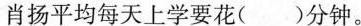
肖扬平均每天上学要花()分钟。